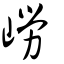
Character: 嶗